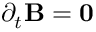
\partial _ { t } \mathbf { B } = \mathbf { 0 }